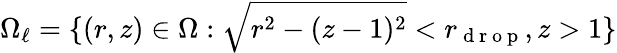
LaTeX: \Omega_{\ell}=\{ (r,z)\in\Omega:\sqrt{r^{2}-(z-1)^{2}}<r_{\mathrm{~d~r~o~p~}},z>1\}